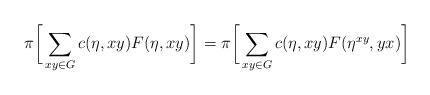
LaTeX: \begin{align*} \pi\bigg[\sum_{xy\in G}c(\eta,xy)F(\eta,xy)\bigg]= \pi\bigg[\sum_{xy\in G}c(\eta,xy)F(\eta^{xy},yx)\bigg]\end{align*}